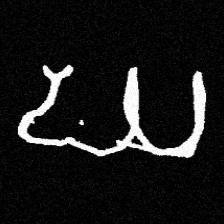
Pyu character \u2014 Myanmar letter: ဃ (romanized: gha)